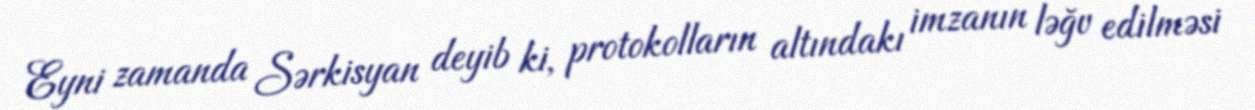
Eyni zamanda Sərkisyan deyib ki, protokolların altındakı imzanın ləğv edilməsi